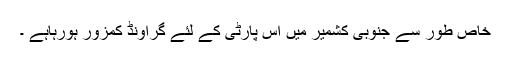
خاص طور سے جنوبی کشمیر میں اس پارٹی کے لئے گراونڈ کمزور ہورہاہے ۔